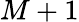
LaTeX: M+1